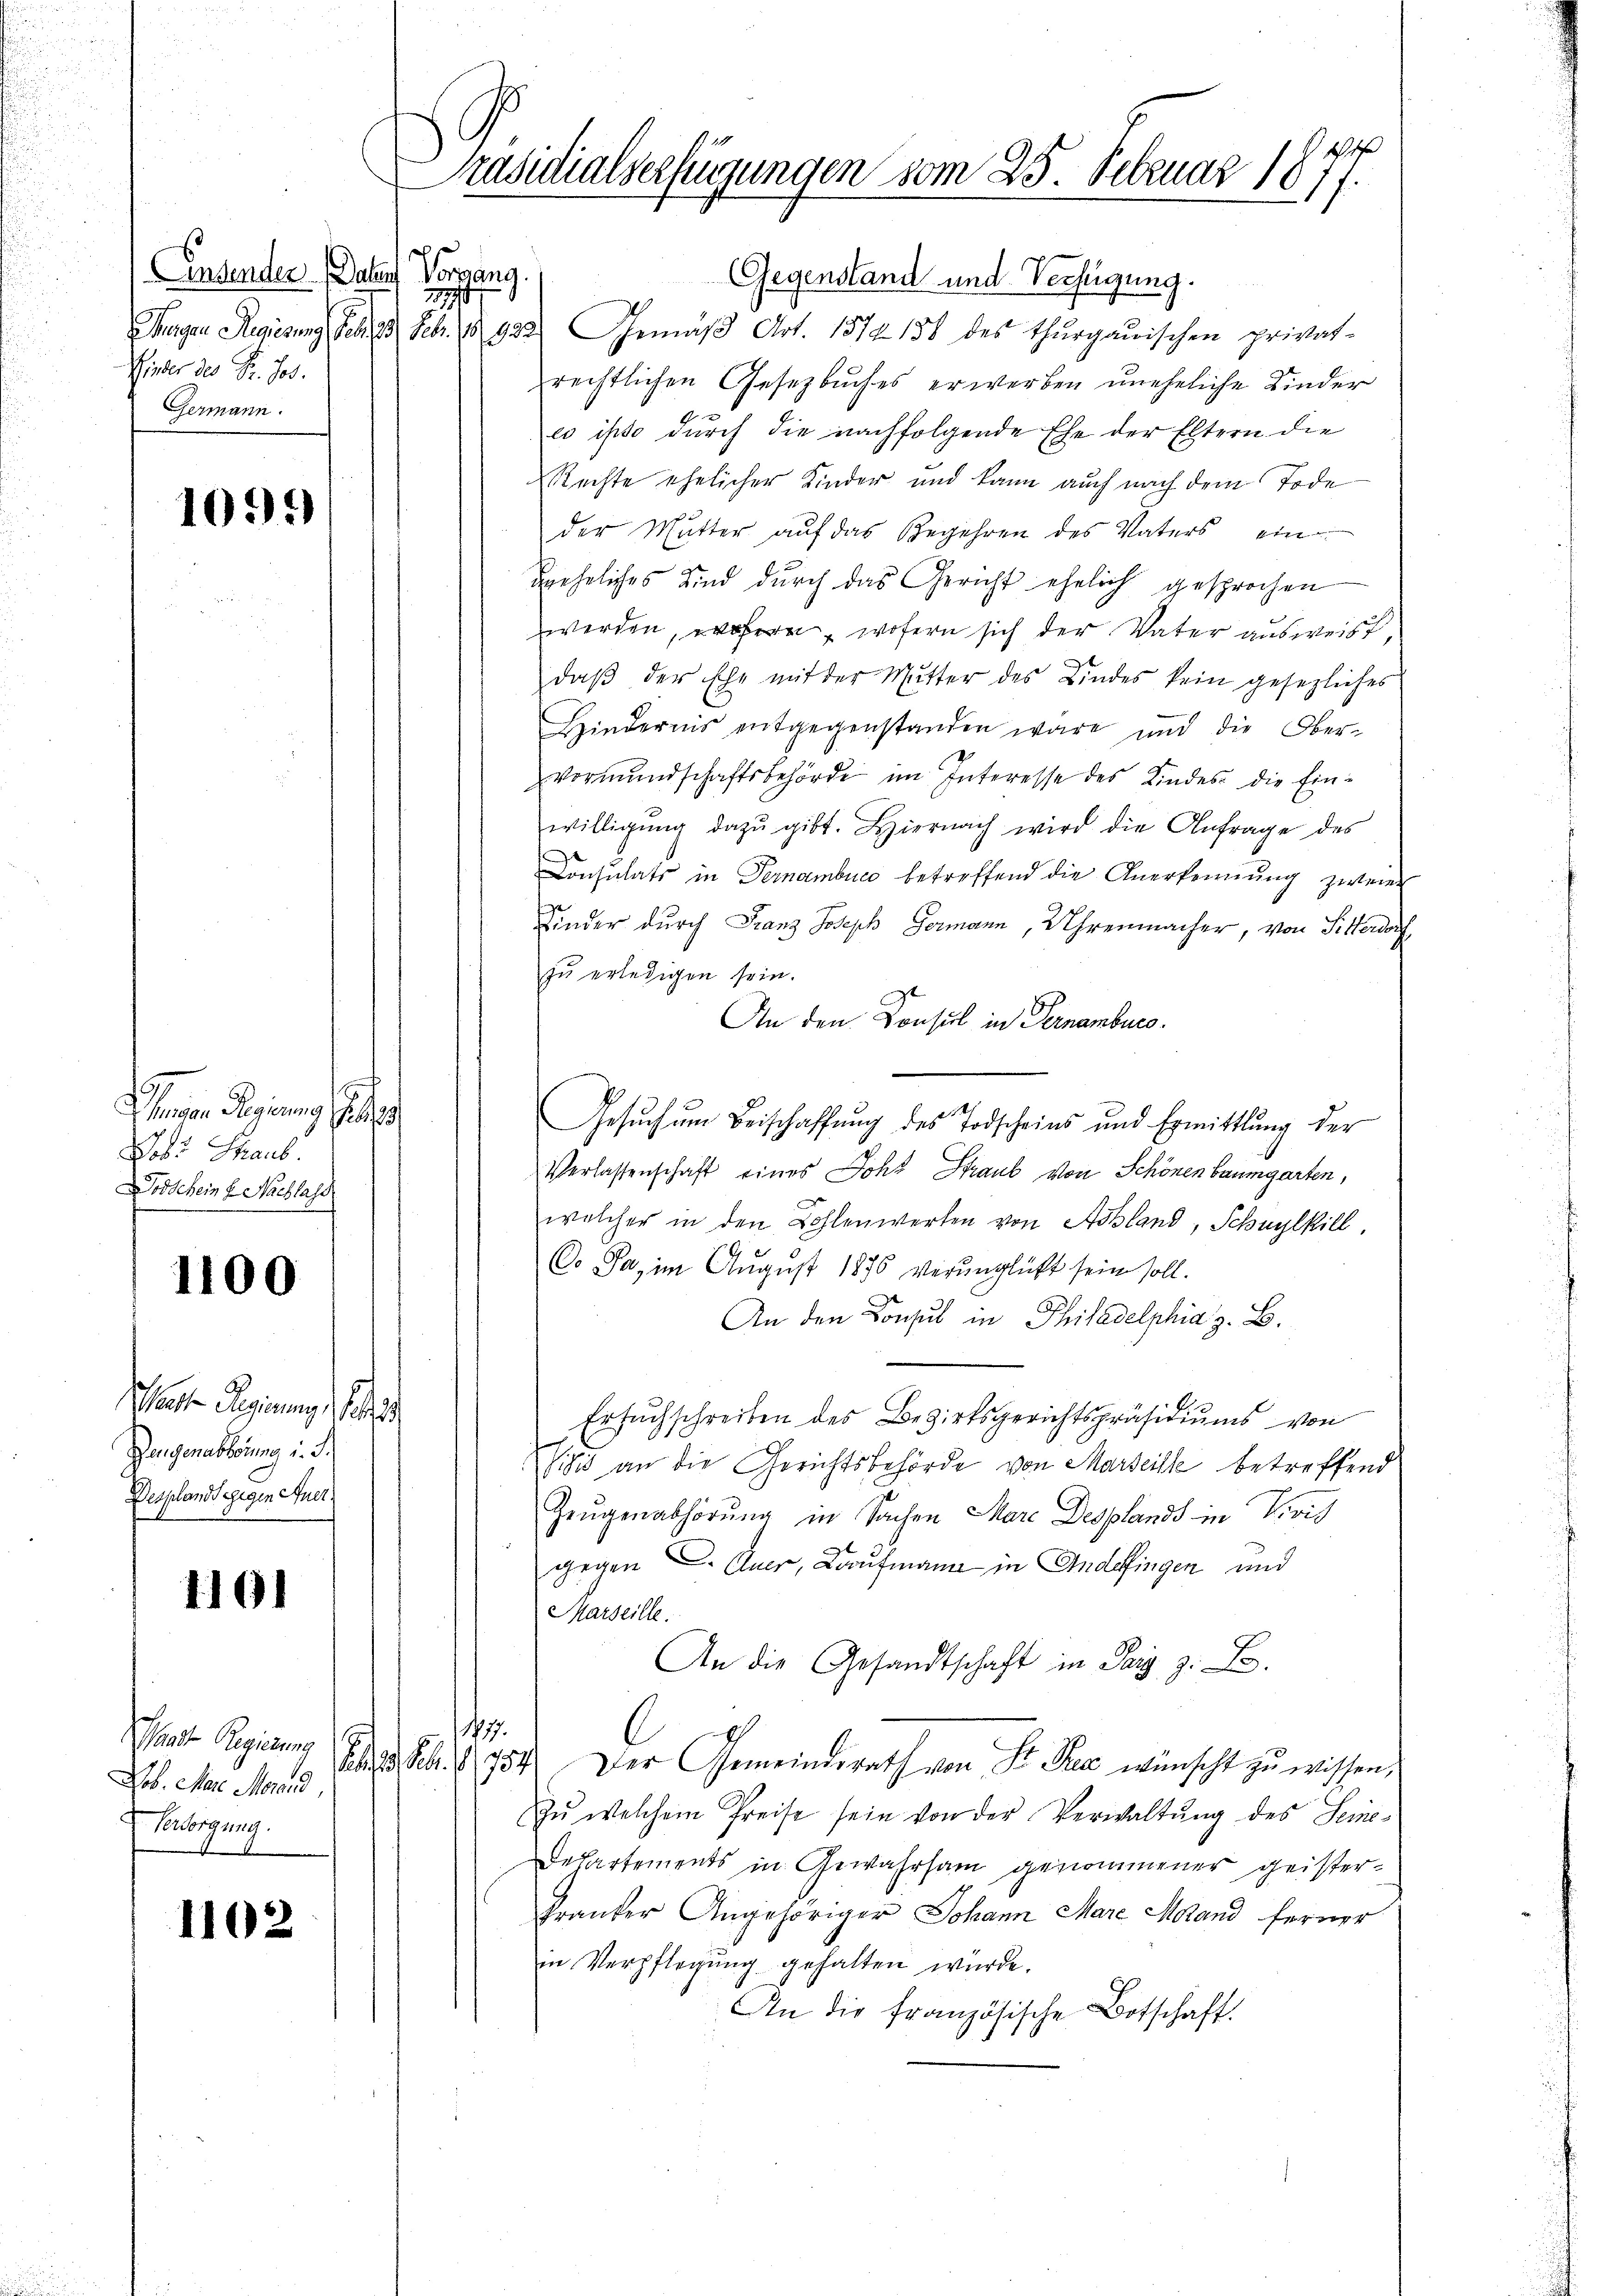
insender. Daher Vorgang.
1
Hinder der Dr. Jos.
Germann.

1099

E
Wesen Gesung
126 89
Jobt Graub
Dodschein E. Nachlass

1100

Mater Regierung
Dengenablösung d. J.
Desplandsegigen Auer

1191

Lob. Marie Merand
Versorgung.

1102

Präsidialverfügungen vom 25. Februar 1877.
1

Gegenstand und Verfügung.
Magen Regierung Peten Febr. 18922) Gemäβ Art. 1574. 138 des Thurgauischen privat-
rechtlichen Gesetzbuches erwerben uneheliche Kinder
eo ipso durch die nachfolgende Ehe der Eltern die
Rechte ehelicher Kinder und kann auch nach dem Tode
der Mutter aŭf das Begehren des Vaters ein
behrliches Kind durch das Gericht ehelich gesprochen
werden, wofern, wofern sich der Vater ausweist,
daβ der Ehe mit der Mŭtter des Kindes kein gesezliches
Hindernis entgegenstanden wäre und die Ober-
vormŭndschaftsbehörde im Interesse des Kindes die Einwilligŭng dazŭ gibt. Hiernach wird die Anfrage des
Consulats in Fernembucc betreffend die Anerkennung zweier
Kinder durch Franz Joseph Germann, Uhrenmacher, von Sitterdorf
zŭ erledigen sein.
An den Konsul in Pernamburg.
Gesŭch ŭm Beischaffŭng des Todscheins und Ermittlung der
Verlassenschaft eines Johr Straub von Schönen Baumgarten,
welcher in den Bohlenwerten von Abland, Schwylkill.
C. Ja, im August 1876 verunglückt sein soll.
An den Consul in Philadelphia z. B.
Ersuchschreiben des Bezirksgerichtspräsidiums von
Sisis an die Gerichtsbehörde von Marseille betreffend
Zeugenabhörung in Sachen Mare Desplands in Visit
gegen C. Auer, Kaufmann in Andelfingen und
Marseille.
An die Gesandtschaft in Sarg z. B.
17.
at Regien 13. 86. 1954. Der Gemeindsrath von Fr. Sie wünscht zu wissen,
zŭ welchem Preise sein von der Verwaltŭng des Seine
Departements in Gewahrsam genommener geister¬
Franker Angehöriger Johann Mare Maland ferner
in Verpflegung gehalten würde.
An die französische Botschaft.